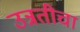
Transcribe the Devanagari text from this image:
उन्नतीचा